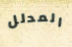
المدلل